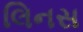
લિનસ